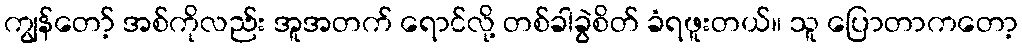
ကျွန်တော့် အစ်ကိုလည်း အူအတက် ရောင်လို့ တစ်ခါခွဲစိတ် ခံရဖူးတယ်။ သူ ပြောတာကတော့